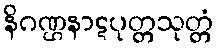
နိဂဏ္ဌနာဋပုတ္တသုတ္တံ